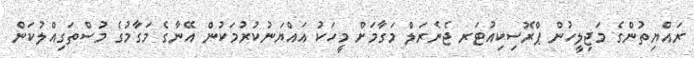
ރައްޔިތުންގެ މަޖިލީހުން ޕްރޮސިކިއުޓަރ ޖެނެރަލް މަގާމަށް މީހަކު އައްޔަނުކުރުމަކުން އޭނާގެ މަގާމުގެ މުސްތަގިއްލުކަން